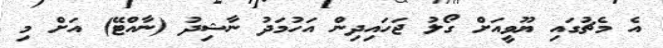
އެ މެޗުގައި ޔޫވީއަށް ގޯލު ޖަހައިދިން އަހުމަދު ނާޝިދު (ނާއްޓޭ) އަށް މި